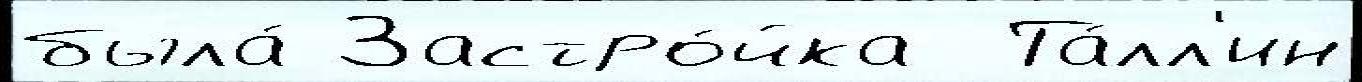
была́ Застро́йка  Та́лл'ин